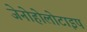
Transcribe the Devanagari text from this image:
जेनोहोलोटाइप